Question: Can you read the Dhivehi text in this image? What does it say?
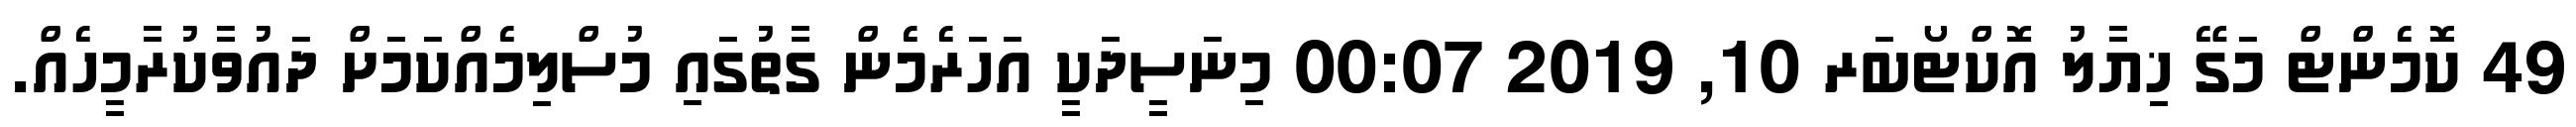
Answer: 49 ކޮމެންޓް މަގޭ ޚިޔާލު އޮކްޓޯބަރ 10, 2019 00:07 މިނަސީދަކީ އަހަރެމެން ގާތުގައި މުސްލިމެއްކަމަށް ދައުވާކުރާމީހެއް.